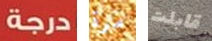
درجة مرة قابلت